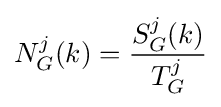
N_{G}^{j}(k)={\frac {S_{G}^{j}(k)}{T_{G}^{j}}}